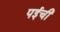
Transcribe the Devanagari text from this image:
पईची